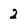
Character: 2